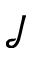
\mathcal { J }